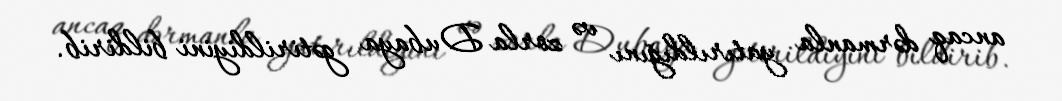
ancaq dərmanla yatırıldığını və zorla Dubaya gətirildiyini bildirib.